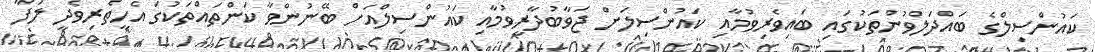
ކައުންސިލްގެ ބައްދަލްވުންތަކުގައި ބައިވެރިވުމާއި ކައުންސިލަށް ޖަވާބުދާރީވުމާއި ކައުންސިލްއަށް ބޭނުންވާ ކަންތައްތަކުގަ އެހީތެރިވެދީ ލަފާ